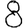
Digit: 8